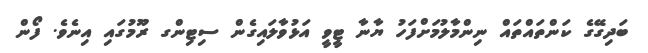
ބަދިގޭގެ ކަންތައްތައް ނިންމާލުމަށްފަހު ޔާނާ ޓީވީ އަޅުވާލައިގެން ސިޓިންގ ރޫމުގައި އިނެވެ. ފޯން